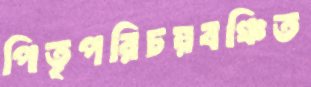
পিতৃপরিচয়বঞ্চিত